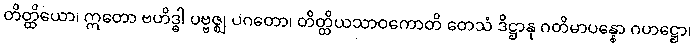
တိတ္ထိယော၊ ဣတော ဗဟိဒ္ဓါ ပဗ္ဗဇ္ဈ ပဂတော၊ တိတ္ထိယသာဝကောတိ တေသံ ဒိဋ္ဌာနု ဂတိမာပန္နော ဂဟဋ္ဌော၊